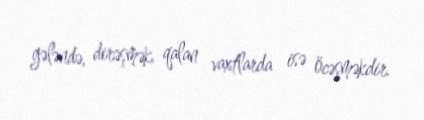
gələndə, dirəşmək, qalan vaxtlarda isə öcəşməkdir.